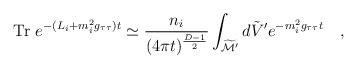
LaTeX: \begin{align*}\mbox{Tr}~e^{-(L_i+m_i^2g_{\tau\tau}) t}\simeq {n_i \over (4\pi t)^{{D-1 \over2}}}\int_{\widetilde{\cal M}'}d\tilde{V}' e^{-m_i^2g_{\tau\tau}t}~~~,\end{align*}